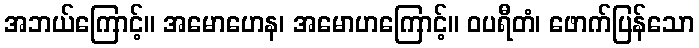
အဘယ်ကြောင့်။ အမောဟေန၊ အမောဟကြောင့်။ ဝပရီတံ၊ ဖောက်ပြန်သော